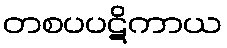
တစပပဋိကာယ